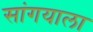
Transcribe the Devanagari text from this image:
सांगयाला